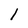
Character: 1